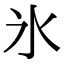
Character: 氷